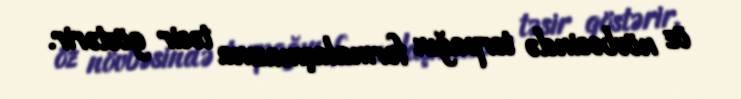
öz növbəsində torpağın formalaşmasına təsir göstərir.